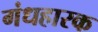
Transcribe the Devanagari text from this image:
गंधहारक